Indian Civil Veterinary Department memoirs
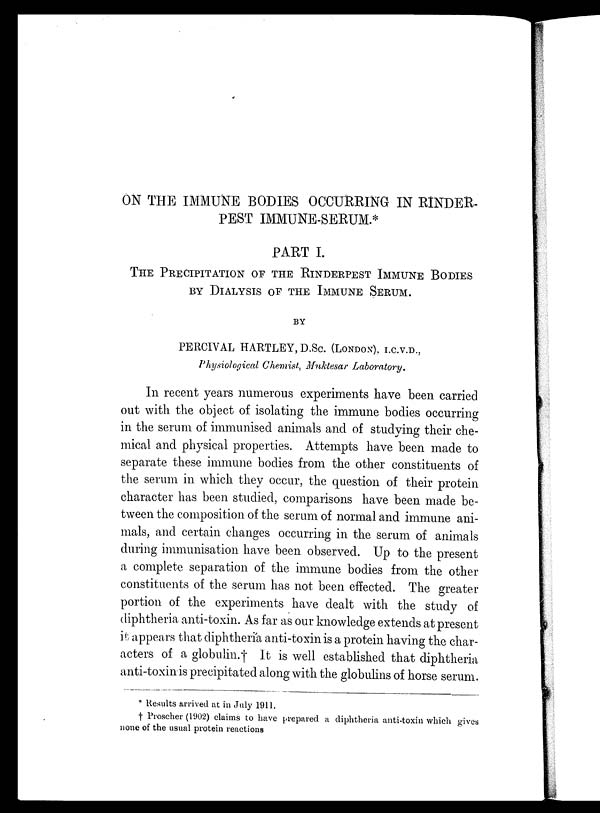
ON THE IMMUNE BODIES OCCURRING IN RINDER-
PEST IMMUNE-SERUM.*
PART I.
THE PRECIPITATION OF THE RINDERPEST IMMUNE BODIES
BY DIALYSIS OF THE IMMUNE SERUM.
BY
PERCIVAL HARTLEY, D.Sc. (LONDON), I.C.V.D.,
Physiological Chemist, Muktesar Laboratory.
In recent years numerous experiments have been carried
out with the object of isolating the immune bodies occurring
in the serum of immunised animals and of studying their che-
mical and physical properties. Attempts have been made to
separate these immune bodies from the other constituents of
the serum in which they occur, the question of their protein
character has been studied, comparisons have been made be-
tween the composition of the serum of normal and immune ani-
mals, and certain changes occurring in the serum of animals
during immunisation have been observed. Up to the present
a complete separation of the immune bodies from the other
constituents of the serum has not been effected. The greater
portion of the experiments have dealt with the study of
diphtheria anti-toxin. As far as our knowledge extends at present
it appears that diphtheria anti-toxin is a protein having the char-
acters of a globulin.† It is well established that diphtheria
anti-toxin is precipitated along with the globulins of horse serum.
* Results arrived at in July 1911.
† Proscher (1902) claims to have prepared a diphtheria anti-toxin which gives
none of the usual protein reactions